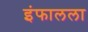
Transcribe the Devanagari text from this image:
इंफालला